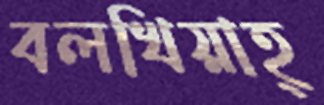
বলখিয়াহ্